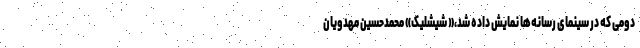
دومی که در سینمای رسانه‌ها نمایش داده شد،« شیشلیک» محمدحسین مهدویان